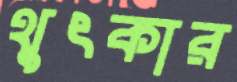
থুৎকার